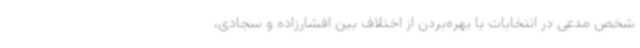
شخص مدعی در انتخابات با بهره‌بردن از اختلاف بین افشارزاده و سجادی،